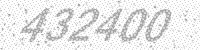
Solution: 432400